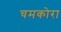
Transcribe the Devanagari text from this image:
चमकोरा